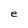
Character: e